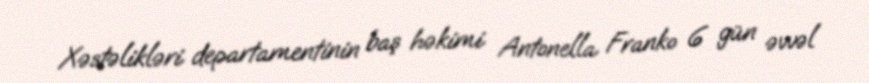
Xəstəlikləri departamentinin baş həkimi Antonella Franko 6 gün əvvəl